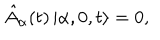
\hat { A } _ { \alpha } ( t ) \left| \alpha , 0 , t \right> = 0 ,